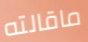
ماقالته